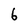
Character: 6